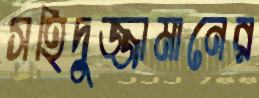
সহিদুজ্জামানের